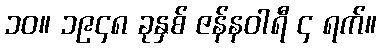
၁၀။ ၁၉၄၈ ခုနှစ် ဇန်နဝါရီ ၄ ရက်။